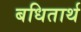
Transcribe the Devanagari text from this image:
बधितार्थ